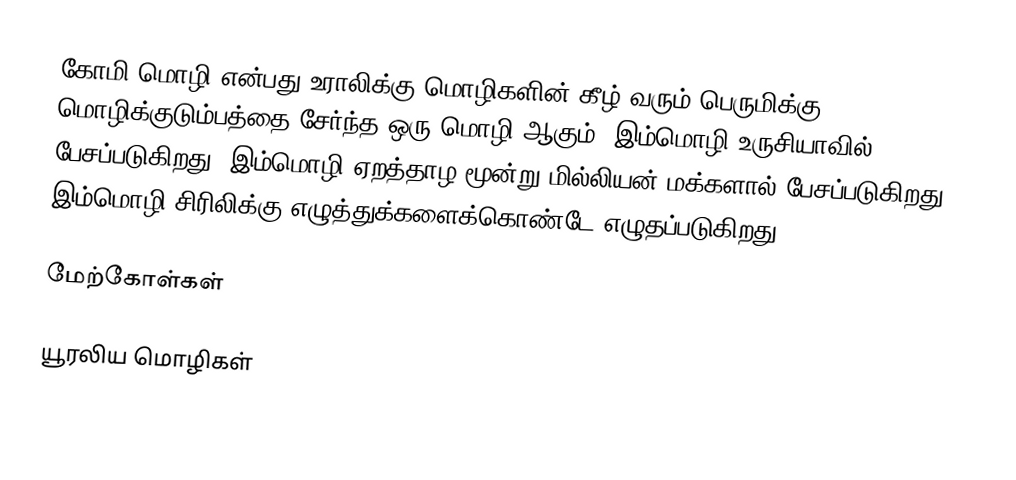
கோமி மொழி என்பது உராலிக்கு மொழிகளின் கீழ் வரும் பெருமிக்கு மொழிக்குடும்பத்தை சேர்ந்த ஒரு மொழி ஆகும். இம்மொழி உருசியாவில் பேசப்படுகிறது. இம்மொழி ஏறத்தாழ மூன்று மில்லியன் மக்களால் பேசப்படுகிறது. இம்மொழி சிரிலிக்கு எழுத்துக்களைக்கொண்டே எழுதப்படுகிறது.

மேற்கோள்கள்

யூரலிய மொழிகள்